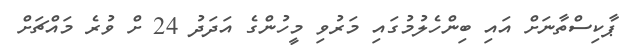
ޕާކިސްތާނަށް އައި ބިންހެލުމުގައި މަރުވި މީހުންގެ އަދަދު 24 ށް ވުރެ މައްޗަށް